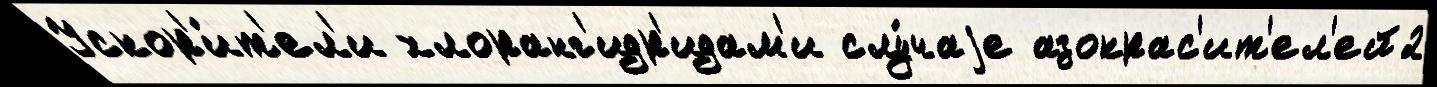
Ускор'и́т'ел'и хлоранг'идр'идам'и слу́чаjе азокрас'ит'ел'ей2